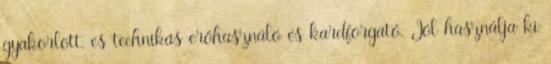
gyakorlott, és technikás erőhasználó és kardforgató. Jól használja ki